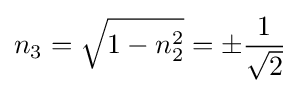
n_{3}={\sqrt {1-n_{2}^{2}}}=\pm {\frac {1}{\sqrt {2}}}